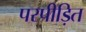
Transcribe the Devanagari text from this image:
परपीड़ित